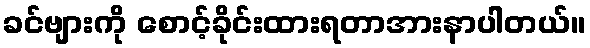
ခင်ဗျားကို စောင့်ခိုင်းထားရတာအားနာပါတယ်။